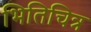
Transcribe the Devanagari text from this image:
भितिचित्र